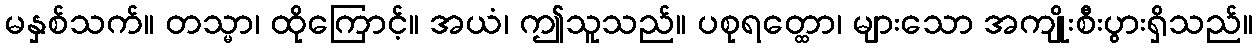
မနှစ်သက်။ တသ္မာ၊ ထိုကြောင့်။ အယံ၊ ဤသူသည်။ ပစုရတ္ထော၊ များသော အကျိုးစီးပွားရှိသည်။